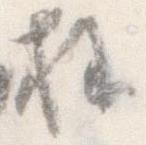
様